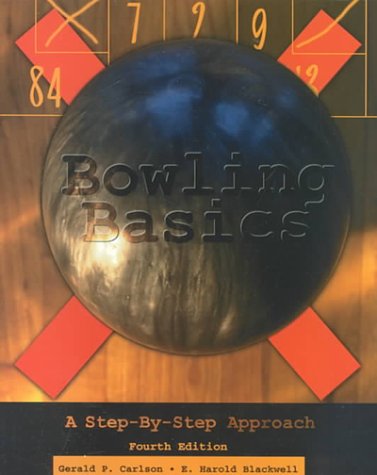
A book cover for Bowling Basics: A Step by Step Approach; Gerald P. Carlson; Sports & Outdoors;